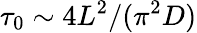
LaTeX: \tau_{0}\sim 4L^{2}/(\pi^{2}D)